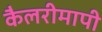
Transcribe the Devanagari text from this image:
कैलरीमापी